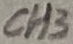
Text: CH3